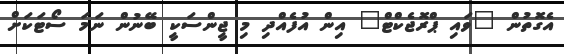
އެގޮތުން "ވައި ޕްރޮޖެކްޓް" އިން އުފެއްދި މި ޖީންސަކީ ބޭނުން ނަމަ ސޯޓަކަށް